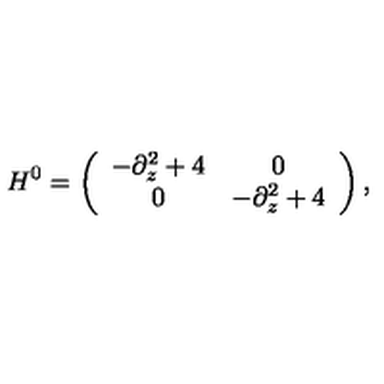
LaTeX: H ^ { 0 } = \left( \begin{array} { c c } { - \partial _ { z } ^ { 2 } + 4 } & { 0 } \\ { 0 } & { - \partial _ { z } ^ { 2 } + 4 } \\ \end{array} \right) ,